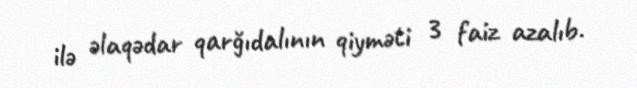
ilə əlaqədar qarğıdalının qiyməti 3 faiz azalıb.